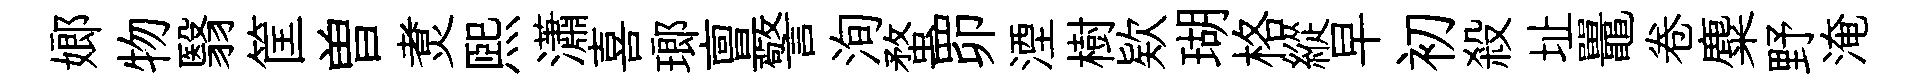
嫏物翳筐曽煑熙瀟喜瑯亶警洵蝥𦊑湮樹欵瑚格縱早初殺址鼉卷麋野淹